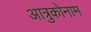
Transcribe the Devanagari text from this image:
आत्रुकोनाम